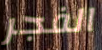
الفجر